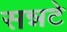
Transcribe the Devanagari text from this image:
सन्नटे